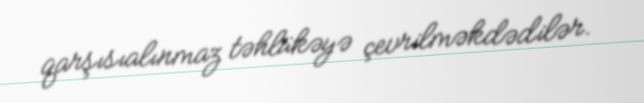
qarşısıalınmaz təhlükəyə çevrilməkdədilər.